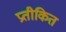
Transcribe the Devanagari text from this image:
प्रतीकित